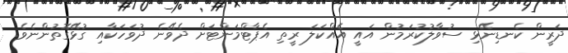
ދަރީން ކެނޑިނޭޅި ސުވާލުކުރަމުން އައީ އެއްކަލަ ރީތި އެޕާޓްމަންޓަށް ދެވޭނެ ދުވަހަކާއި ގުޅޭގޮތުންނެވެ.